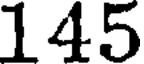
145